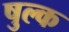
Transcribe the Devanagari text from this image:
षुल्क